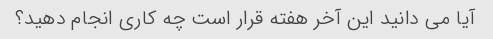
آیا می دانید این آخر هفته قرار است چه کاری انجام دهید؟